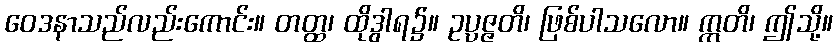
ဝေဒနာသည်လည်းကောင်း။ တတ္ထ၊ ထိုဒွါရ၌။ ဥပ္ပဇ္ဇတိ၊ ဖြစ်ပါသလော။ ဣတိ၊ ဤသို့။